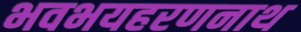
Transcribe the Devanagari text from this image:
भवभयहरणनाथ